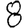
Digit: 8